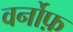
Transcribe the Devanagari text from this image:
वर्नोफ़